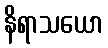
နိရာသယော